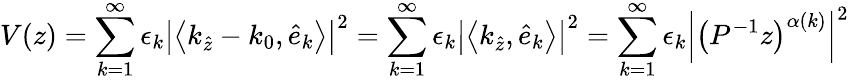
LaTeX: V(z)=\sum_{k=1}^{\infty}\epsilon_{k}\left|\left\langle k_{\widehat{z}}-k_{0},\widehat{e}_{k}\right\rangle\right|^{2}=\sum_{k=1}^{\infty}\epsilon_{k}\left|\left\langle k_{\widehat{z}},\widehat{e}_{k}\right\rangle\right|^{2}=\sum_{k=1}^{\infty}\epsilon_{k}\left\vert\left(P^{-1}z\right)^{\alpha(k)}\right\vert^{2}